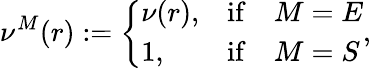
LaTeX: \nu^{M}(r):=\left\{ \begin{array}{lcl}{\nu(r),}&{\mathrm{if}}&{M=E}\\ {1,}&{\mathrm{if}}&{M=S}\end{array}\right.,